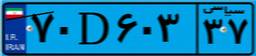
۰۵D۳۱۶۶۳